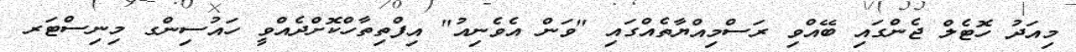
މިއަދު ހޮޓެލް ޖެންގައި ބޭއްވި ރަސްމިއްޔާތެއްގައި "ވަން އެވެނިއު" އިފްތިތާހްކޮށްދެއްވީ ހައުސިންގ މިނިސްޓަރ